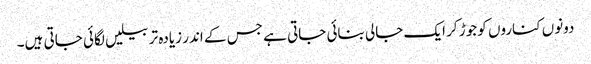
دونوں کناروں کو جوڑ کر ایک جالی بنائی جاتی ہے جس کے اندر زیادہ تر بیلیں لگائی جاتی ہیں۔